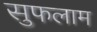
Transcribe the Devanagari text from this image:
सुफलाम